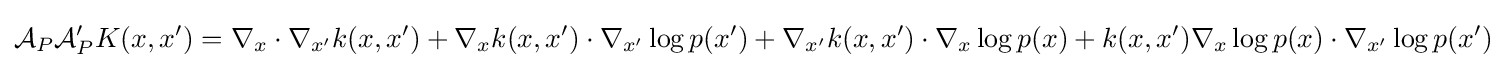
{\mathcal {A}}_{P}{\mathcal {A}}_{P}'K(x,x')=\nabla _{x}\cdot \nabla _{x'}k(x,x')+\nabla _{x}k(x,x')\cdot \nabla _{x'}\log p(x')+\nabla _{x'}k(x,x')\cdot \nabla _{x}\log p(x)+k(x,x')\nabla _{x}\log p(x)\cdot \nabla _{x'}\log p(x')